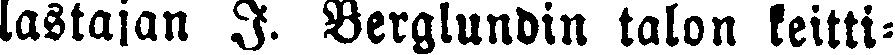
lastajan J. Berglundin talon keitti-